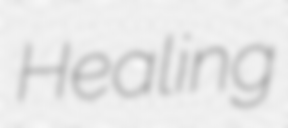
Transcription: Healing